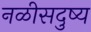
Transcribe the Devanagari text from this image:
नळीसदुष्य